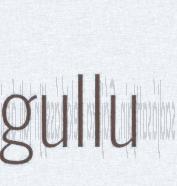
gullu